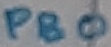
Text: PB0